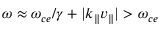
\omega \approx \omega _ { c e } / \gamma + | k _ { \| } v _ { \| } | > \omega _ { c e }